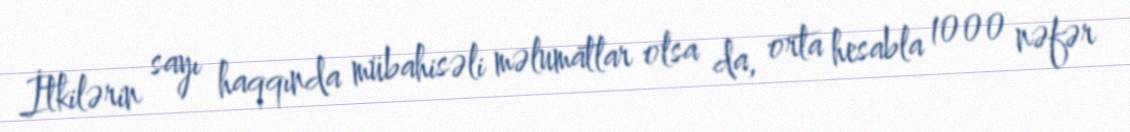
İtkilərin sayı haqqında mübahisəli məlumatlar olsa da, orta hesabla 1000 nəfər